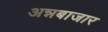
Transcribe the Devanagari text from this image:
अन्नबाजार